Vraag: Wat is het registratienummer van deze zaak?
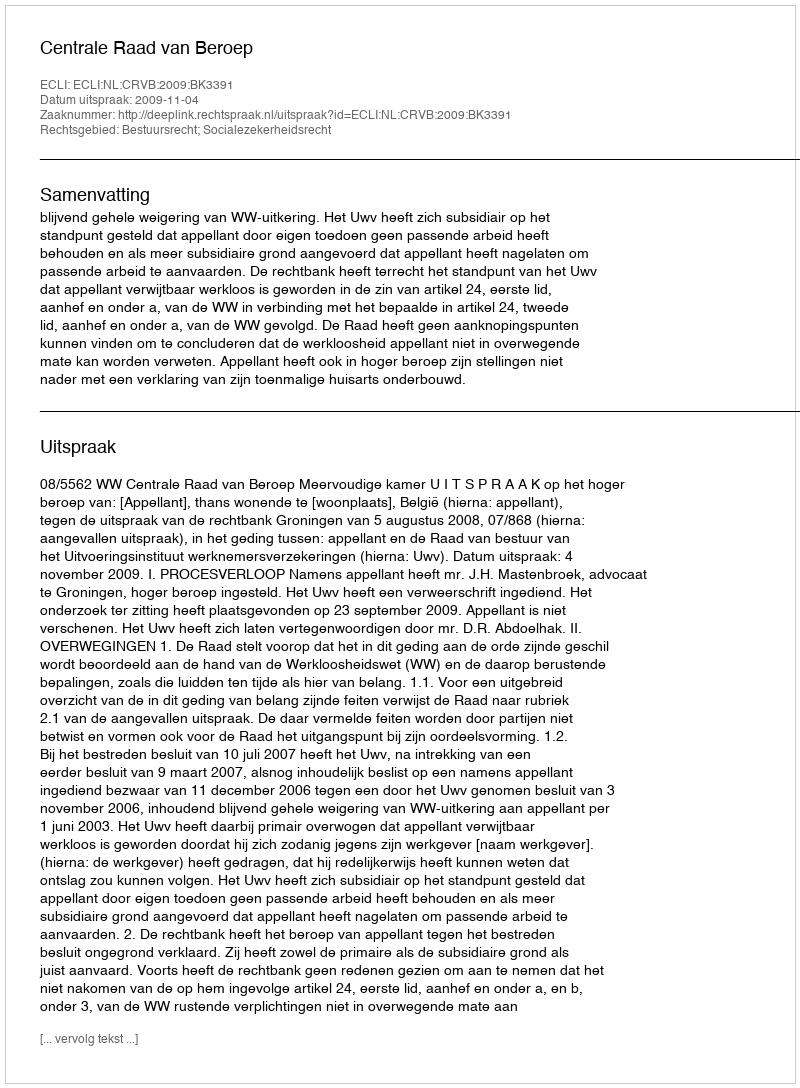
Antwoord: http://deeplink.rechtspraak.nl/uitspraak?id=ECLI:NL:CRVB:2009:BK3391